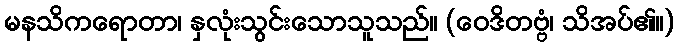
မနသိကရောတာ၊ နှလုံးသွင်းသောသူသည်။ (ဝေဒိတဗ္ဗံ၊ သိအပ်၏။)